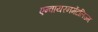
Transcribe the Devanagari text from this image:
एन्वायरनमेंटलिज्म